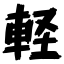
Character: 軽